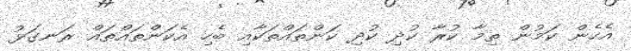
އެހެން ކަމުން ތިމާ ކުރާ ކުދި ކުދި ކަންތައްތަކާއި ބެހި އެކަންތައްތައް ރަނގަޅު